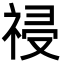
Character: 祲